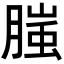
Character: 𭩂